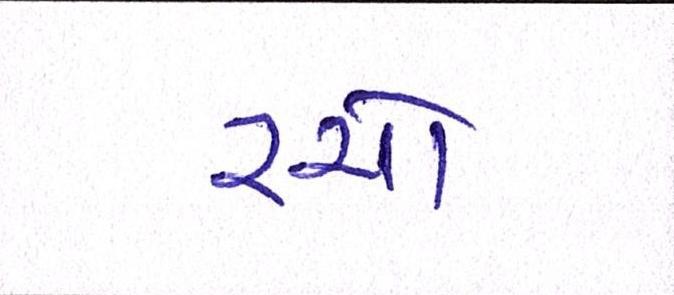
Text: રચો